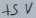
Text: +5V